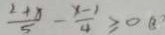
\frac { 2 + x } { 5 } - \frac { x - 1 } { 4 } \geq 0